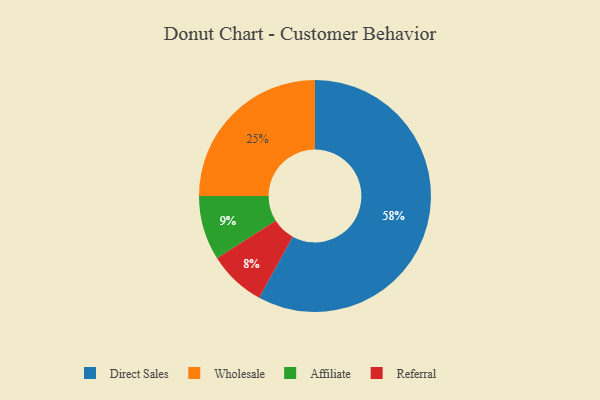
{"axis": {"x": "Category", "y": "Percentage"}, "legend": ["Affiliate", "Direct Sales", "Referral", "Wholesale"], "data": [{"x": "Direct Sales", "y": 58, "type": "Direct Sales"}, {"x": "Referral", "y": 8, "type": "Referral"}, {"x": "Wholesale", "y": 25, "type": "Wholesale"}, {"x": "Affiliate", "y": 9, "type": "Affiliate"}]}